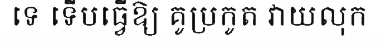
ទេ ទើបធ្វើឱ្យ គូប្រកូត វាយលុក